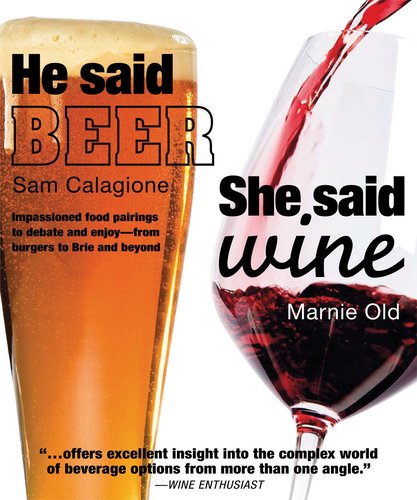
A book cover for He Said Beer, She Said Wine: Impassioned Food Pairings to Debate and Enjoy: from Burgers to Brie and Beyond; Sam Calagione; Cookbooks, Food & Wine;